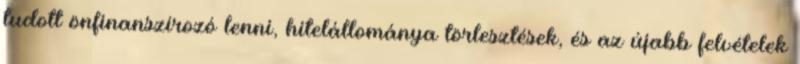
tudott önfinanszírozó lenni, hitelállománya törlesztések, és az újabb felvételek